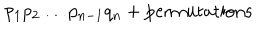
p _ { 1 } p _ { 2 } \ldots p _ { n - 1 } q _ { n } + \mathrm { p e r m u t a t i o n s }